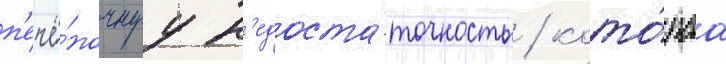
п'ечё́ночнуу н'едоста́точность / кото́раа